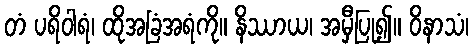
တံ ပရိဝါရံ၊ ထိုအခြံအရံကို။ နိဿာယ၊ အမှီပြု၍။ ဝိနာသံ၊